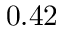
0 . 4 2